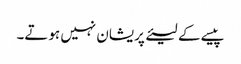
پیسے کے لیئے پریشان نہیں ہوتے۔